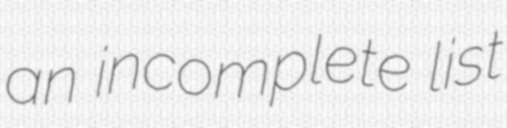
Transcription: an incomplete list